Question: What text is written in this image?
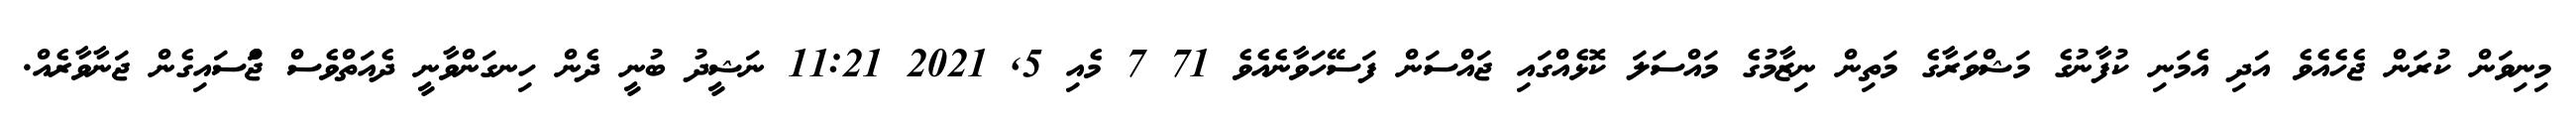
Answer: މިނިވަން ކުރަން ޖެހެއެވެ އަދި އެމަނި ކުފާނުގެ މަޝްވަރާގެ މަތިން ނިޒާމުގެ މައްސަލަ ކޮޅެއްގައި ޖައްސަން ފަސޭހަވާނެއެވެ 71 7 މެއި 5, 2021 11:21 ނަޝީދު ބުނީ ދެން ހިނގަންވާނީ ދެއަތްވެސް ޖަްްސައިގެން ޖަނާވާރެއް.